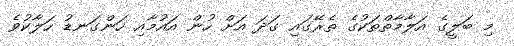
މި ބަލީގެ އަލާމާތްތަކުގެ ތެރޭގައި ގަދަ އަށް ހުން އައުމާއި ހަންގަނޑު ހަލާކުވެ